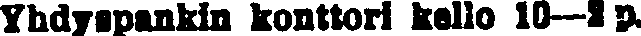
Yhdyspankin konttori kello 10—2 p.